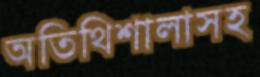
অতিথিশালাসহ